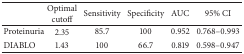
|  | Optimal cutoff | Sensitivity | Specificity | AUC | 95% CI |
 | --- | --- | --- | --- | --- | --- |
 | Proteinuria | 2.35 | 85.7 | 100 | 0.952 | 0.768–0.993 |
 | DIABLO | 1.43 | 100 | 66.7 | 0.819 | 0.598–0.947 |